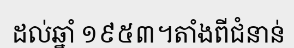
ដល់ឆ្នាំ ១៩៥៣។តាំងពីជំនាន់